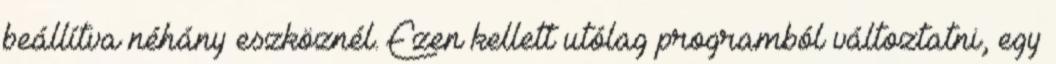
beállítva néhány eszköznél. Ezen kellett utólag programból változtatni, egy